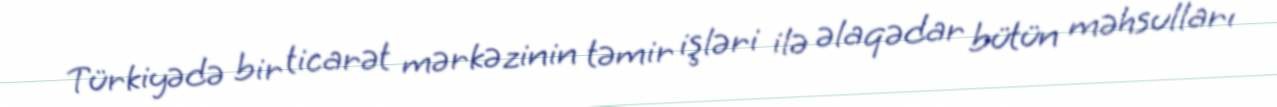
Türkiyədə bir ticarət mərkəzinin təmir işləri ilə əlaqədar bütün məhsulları